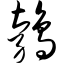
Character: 鹁